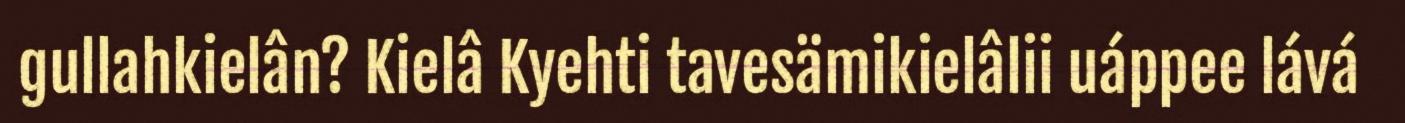
gullahkielân? Kielâ Kyehti tavesämikielâlii uáppee lává